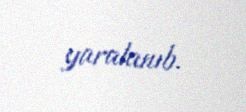
yaralanıb.